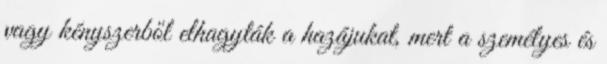
vagy kényszerből elhagyták a hazájukat, mert a személyes és